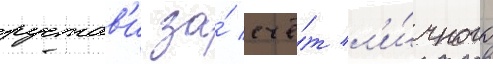
рустав'и за́ счё́т л'и́чного